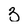
Character: 3